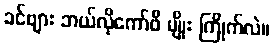
ခင်ဗျား ဘယ်လိုကော်ဖီ မျိုး ကြိုက်လဲ။